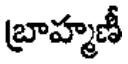
బ్రాహ్మణీ